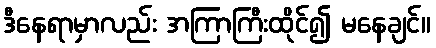
ဒီနေရာမှာလည်း အကြာကြီးထိုင်၍ မနေချင်။